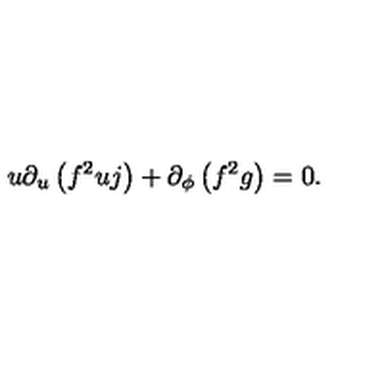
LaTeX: u \partial _ { u } \left( f ^ { 2 } u j \right) + \partial _ { \phi } \left( f ^ { 2 } g \right) = 0 .